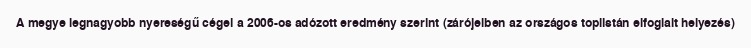
A megye legnagyobb nyereségű cégei a 2006-os adózott eredmény szerint (zárójelben az országos toplistán elfoglalt helyezés)